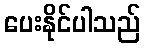
ပေးနိုင်ပါသည်